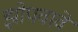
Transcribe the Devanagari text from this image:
झोपवावे